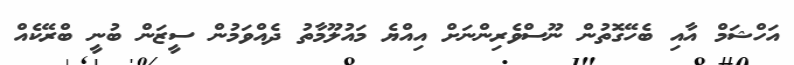
އަހްޝަމް އާއި ބެހޭގޮތުން ނޫސްވެރިންނަށް އިއްޔެ މައުލޫމާތު ދެއްވަމުން ސީޒަން ބުނީ ބްރޭކެއް